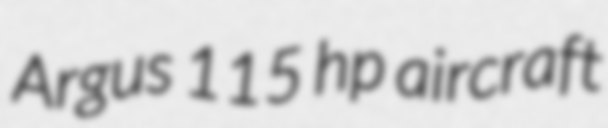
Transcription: Argus 115 hp aircraft